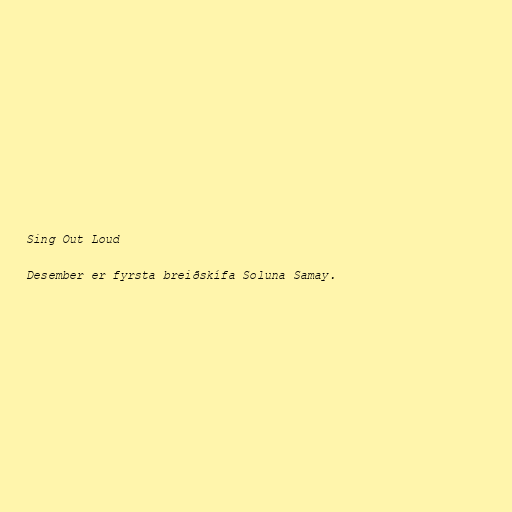
Sing Out Loud

Desember er fyrsta breiðskífa Soluna Samay.